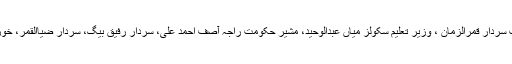
سٹیج سیکرٹری کے فرائض محمد شہزاد نے سر انجام دیئے اس موقع پر وزیر صحت سردار قمرالزمان ، وزیر تعلیم سکولز میاں عبدالوحید، مشیر حکومت راجہ آصف احمد علی، سردار رفیق بیگ، سردار ضیاالقمر، خورشید کشمیری، راشد قمر، سید امتیاز حسین شاہ اور دیگر مقررین نے بھی خطاب کیا۔